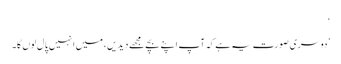
‘
’دوسری صورت یہ ہے کہ آپ اپنے بچے مجھے دیدیں، میں انہیں پال لوں گا۔